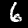
Digit: 6